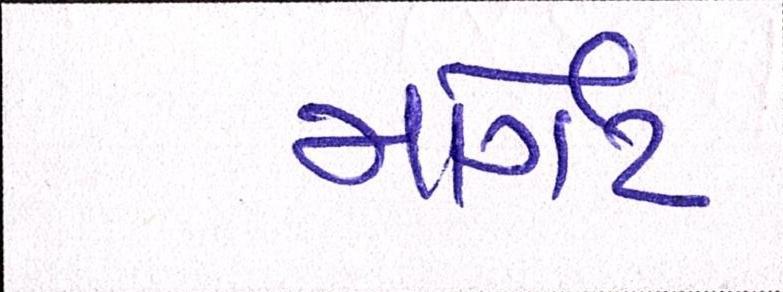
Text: માર્ગેટે